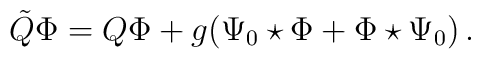
\tilde{Q} \Phi = Q \Phi + g (\Psi_0 \star \Phi + \Phi \star \Psi_0) \,.